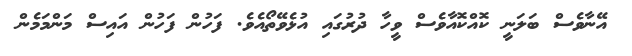
އޭނާވެސް ބަލަނީ ކޮއްކޮއާވެސް ވީހާ ދުރުގައި އުޅެވޭތޯއެވެ. ފަހުން ފަހުން އައިސް މަންމަމެން